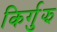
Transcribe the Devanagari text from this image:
किर्गुझ